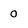
Character: 0